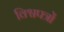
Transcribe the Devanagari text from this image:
विश्वपत्रों